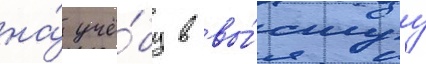
на́ учё́бу в вы́сшуу